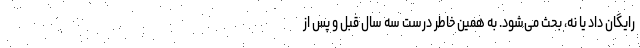
رایگان داد یا نه، بحث می‌شود. به همین خاطر درست سه سال قبل و پس از